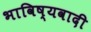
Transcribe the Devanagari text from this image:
भाविष्यवादी